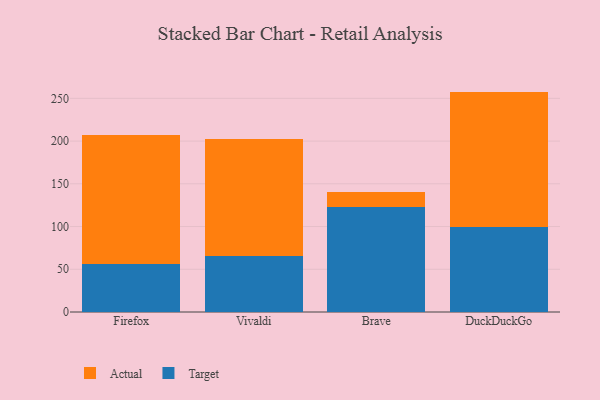
{"axis": {"x": "Browser", "y": "Demand Index"}, "legend": ["Actual", "Target"], "data": [{"x": "Firefox", "y": 56.6, "type": "Target"}, {"x": "Firefox", "y": 150.5, "type": "Actual"}, {"x": "Vivaldi", "y": 65.8, "type": "Target"}, {"x": "Vivaldi", "y": 136.5, "type": "Actual"}, {"x": "Brave", "y": 123.3, "type": "Target"}, {"x": "Brave", "y": 17.3, "type": "Actual"}, {"x": "DuckDuckGo", "y": 99.6, "type": "Target"}, {"x": "DuckDuckGo", "y": 158.3, "type": "Actual"}]}